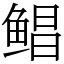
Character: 鲳